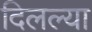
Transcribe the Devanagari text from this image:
दिलल्या